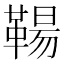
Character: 𩋬